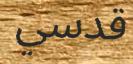
قدسي